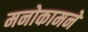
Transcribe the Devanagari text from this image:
मनोकामने